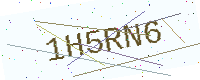
Text: 1H5RN6